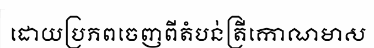
ដោយប្រភពចេញពីតំបន់ត្រីកោណមាស